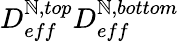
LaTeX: D_{eff}^{\mathbb{N},top}D_{eff}^{\mathbb{N},bottom}